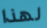
لهذا